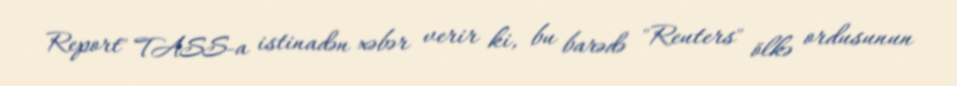
Report" TASS-a istinadən xəbər verir ki, bu barədə "Reuters" ölkə ordusunun